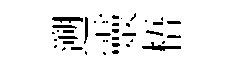
遡靈梧